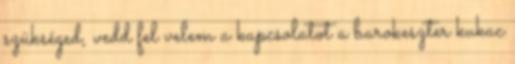
szükséged, vedd fel velem a kapcsolatot a barokeszter kukac